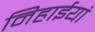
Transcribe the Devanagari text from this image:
निहाईयां